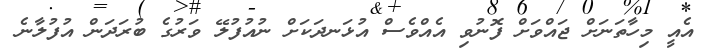
އެއީ މިހާތަނަށް ޖައްވަށް ފޮނުވި އެއްވެސް އުޅަނދަކަށް ނުއުފުލޭ ވަރުގެ ބުރަދަން އުފުލާނެ